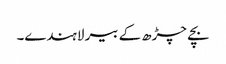
بچے چڑھ کے بیر لاہندے۔